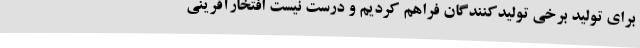
برای تولید برخی تولیدکنندگان فراهم کردیم و درست نیست افتخارآفرینی